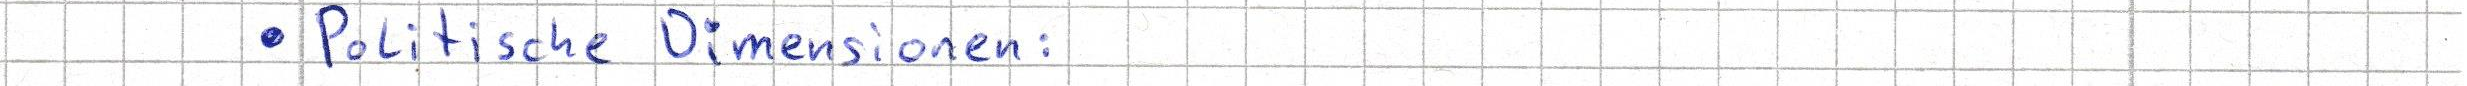
- Politische Dimensionen: